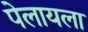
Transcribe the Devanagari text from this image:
पेलायला